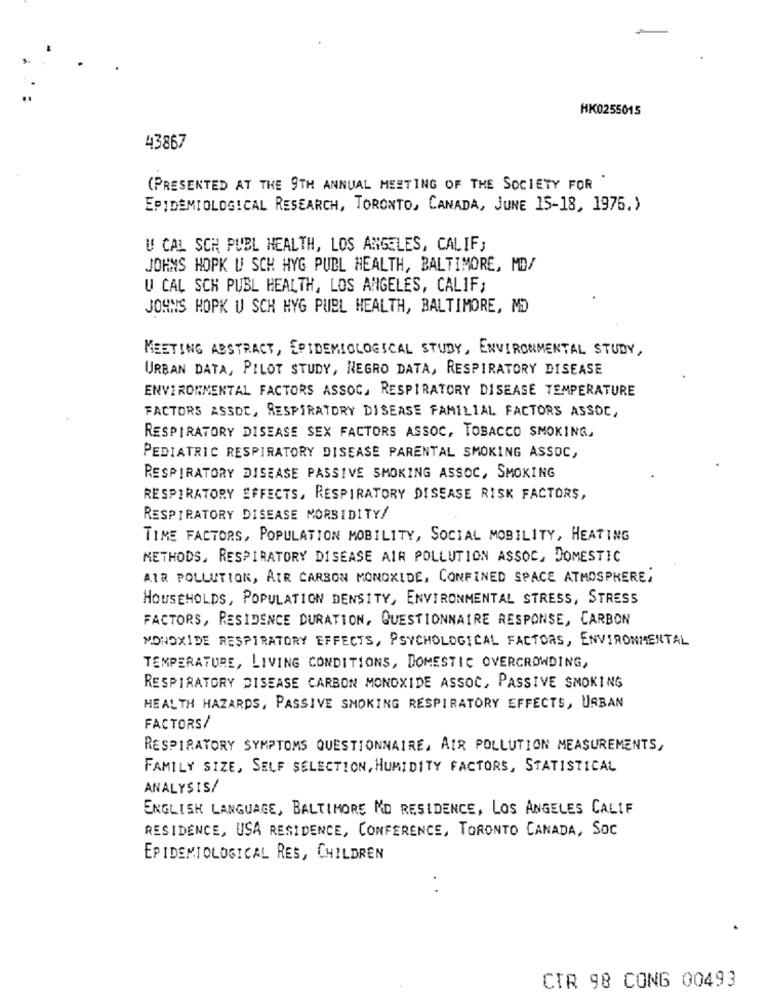
HK0255015
43867
(PRESENTED AT THE 9TH ANNUAL MEETING OF THE SOCIETY FOR .
EPIDEMIOLOGICAL RESEARCH, TORONTO, CANADA, JUNE 15-18, 1976.)
U CAL SCH PUBL HEALTH, LOS ANGELES, CALIF,
JOHNS HOPKU SCH HYG PUBL HEALTH, BALTIMORE, MD/
U CAL SCH PUBL HEALTH, LOS ANGELES, CALIF;
JOHNS HOPKU SCH HYG PUBL HEALTH, BALTIMORE, MD
MEETING ABSTRACT, EPIDEMIOLOGICAL STUDY, ENVIRONMENTAL STUDY,
URBAN DATA, PILOT STUDY, NEGRO DATA, RESPIRATORY DISEASE
ENVIRONMENTAL FACTORS ASSOC, RESPIRATORY DISEASE TEMPERATURE
FACTORS ASSOC, RESPIRATORY DISEASE FAMILIAL FACTORS ASSOC,
RESPIRATORY DISEASE SEX FACTORS ASSOC, TOBACCO SMOKING,
PEDIATRIC RESPIRATORY DISEASE PARENTAL SMOKING ASSOC,
RESPIRATORY DISEASE PASSIVE SMOKING ASSOC, SMOKING
RESPIRATORY EFFECTS, RESPIRATORY DISEASE RISK FACTORS,
RESPIRATORY DISEASE MORBIDITY/
TIME FACTORS, POPULATION MOBILITY, SOCIAL MOBILITY, HEATING
METHODS, RESPIRATORY DISEASE AIR POLLUTION ASSOC, DOMESTIC
AIR POLLUTION, AIR CARBON MONOXIDE, CONFINED SPACE ATMOSPHERE,
HOUSEHOLDS, POPULATION DENSITY, ENVIRONMENTAL STRESS, STRESS
FACTORS, RESIDENCE DURATION, QUESTIONNAIRE RESPONSE, CARBON
MONOXIDE RESPIRATORY EFFECTS, PSYCHOLOGICAL FACTORS, ENVIRONMENTAL
TEMPERATURE, LIVING CONDITIONS, DOMESTIC OVERCROWDING,
RESPIRATORY DISEASE CARBON MONOXIDE ASSOC, PASSIVE SMOKING
HEALTH HAZARDS, PASSIVE SMOKING RESPIRATORY EFFECTS, URBAN
FACTORS/
RESPIRATORY SYMPTOMS QUESTIONNAIRE, AIR POLLUTION MEASUREMENTS,
FAMILY SIZE, SELF SELECTION, HUMIDITY FACTORS, STATISTICAL
ANALYSIS/
ENGLISH LANGUAGE, BALTIMORE MD RESIDENCE, LOS ANGELES CALIF
RESIDENCE, USA RESIDENCE, CONFERENCE, TORONTO CANADA, SOC
EPIDEMIOLOGICAL RES, CHILDREN
. .
CTR 98 CONG 00493